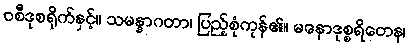
ဝစီဒုစရိုက်နှင့်။ သမန္နာဂတာ၊ ပြည့်စုံကုန်၏။ မနောဒုစ္စရိတေန၊